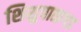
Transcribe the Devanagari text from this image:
शिशुपाळगड